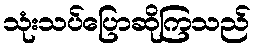
သုံးသပ်ပြောဆိုကြသည်